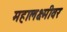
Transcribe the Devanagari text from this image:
महालक्ष्मीवर